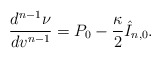
\begin{align*} \frac{d^{n-1}\nu}{dv^{n-1}}=P_0-\frac{\kappa}{2}\hat{I}_{n,0}.\end{align*}